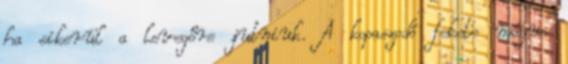
ha sikerül a levegőre jutniuk. A kopaszodó fekete mágus